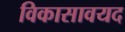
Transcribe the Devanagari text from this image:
विकासावयद